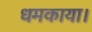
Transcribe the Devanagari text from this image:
धमकाया।